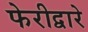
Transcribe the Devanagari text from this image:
फेरीद्वारे